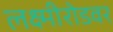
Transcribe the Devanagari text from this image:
लक्ष्मीरोडवर